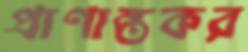
প্রাণান্তকর